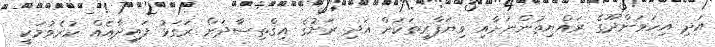
އަދި އިހަވަންދޫގެ ރައްޔިތުންނަށާއި ވިޔަފާރިތަކަށް އަދި ރަށުގެ އިޤްތިސާދަށް ރަގަޅު ފައިދާއެއް ކުރެވުމަކީ